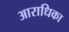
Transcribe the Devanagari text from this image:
आराधिका